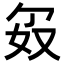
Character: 𪥯